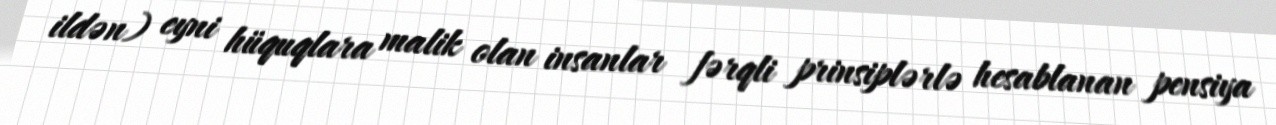
ildən) eyni hüquqlara malik olan insanlar fərqli prinsiplərlə hesablanan pensiya